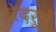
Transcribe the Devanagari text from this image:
वेदरूपें